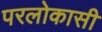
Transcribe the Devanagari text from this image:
परलोकासी